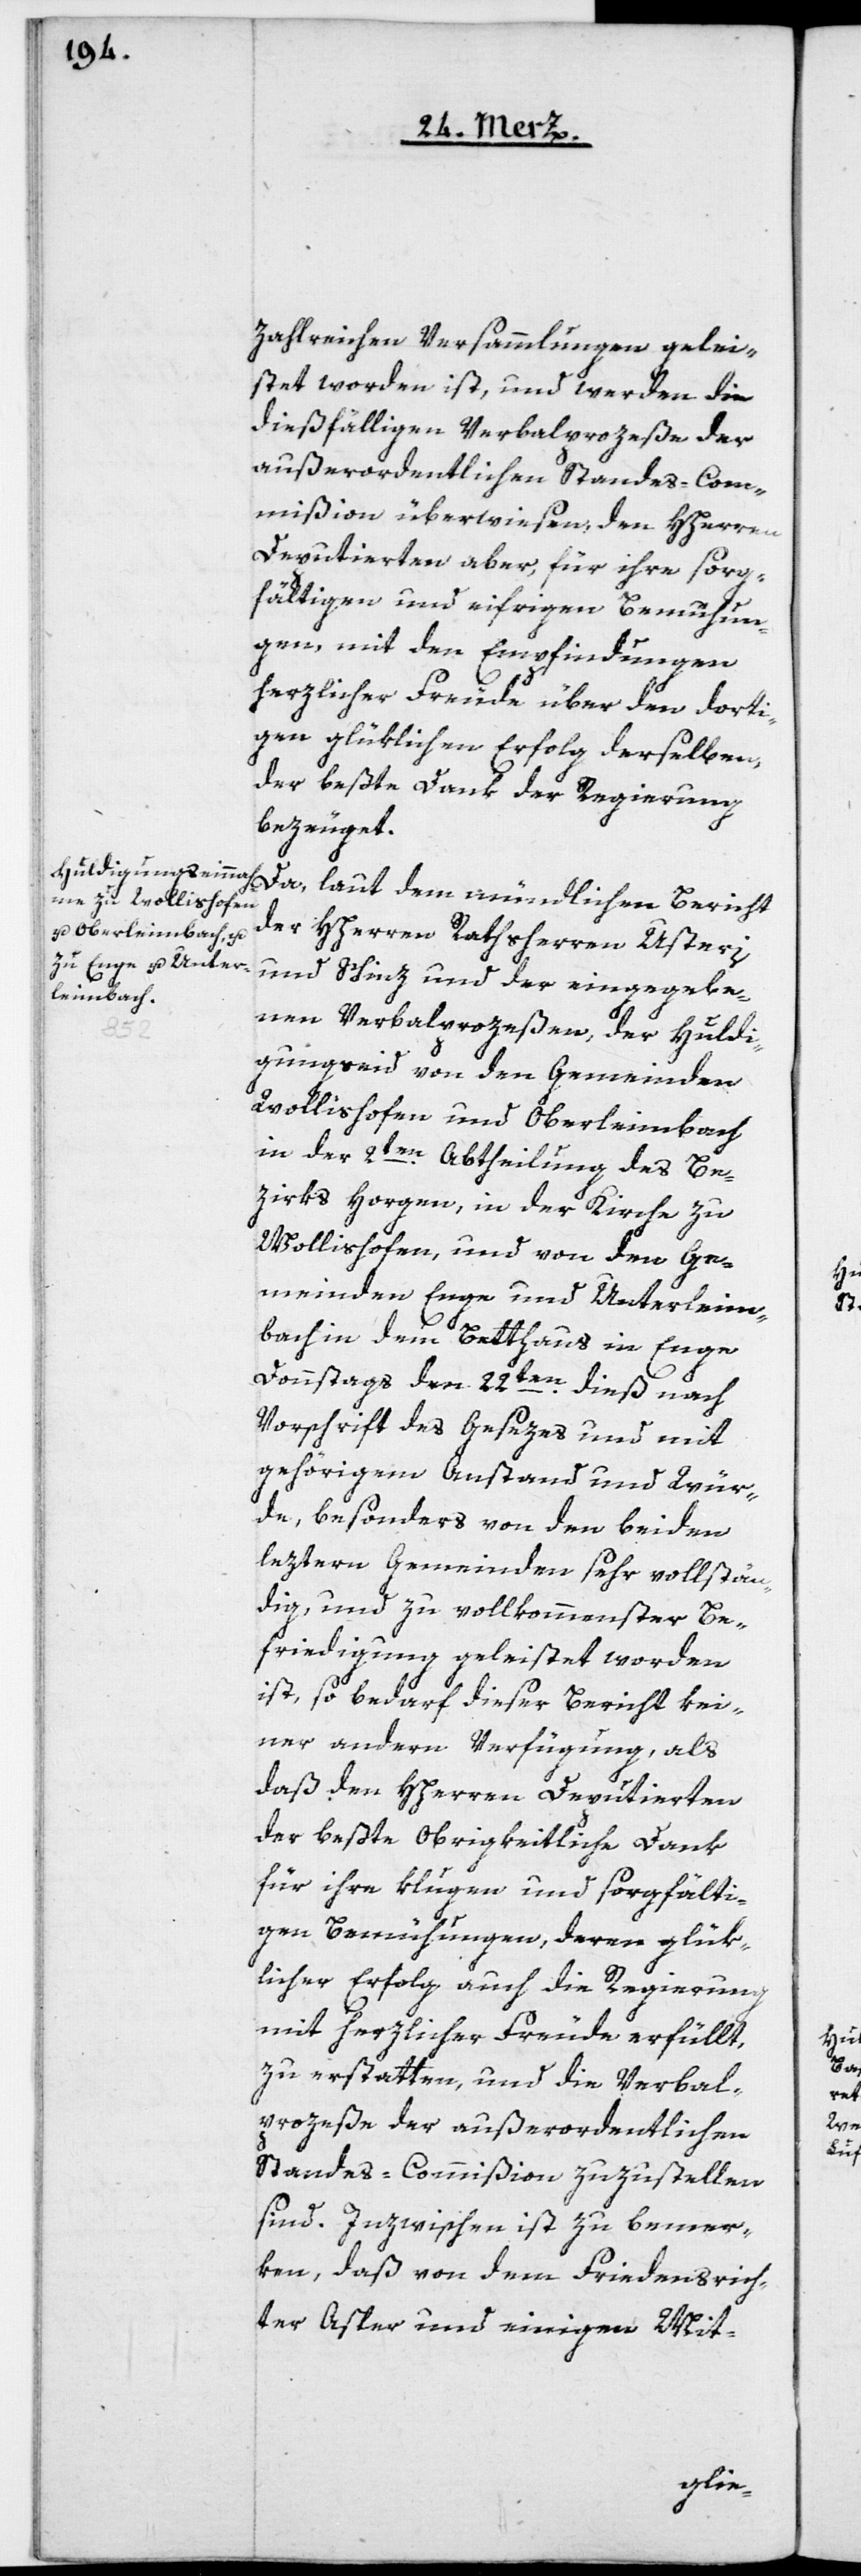
zahlreichen Versammlungen gelei¬
stet worden ist, und werden die
dießfälligen Verbalprozeße der
außerordentlichen Standes-Com¬
mißion überwiesen, den HHerren
Deputierten aber, für ihre sorg¬
fältigen und eifrigen Bemühun¬
gen, mit den Empfindungen
herzlicher Freude über den dorti¬
gen glüklichen Erfolg derselben,
der beßte Dank der Regierung
bezeuget.
Da, laut dem mündlichen Bericht
der HHerren Rathsherren Usteri
und Schinz und der eingegebe¬
nen Verbalprozeßen, der Huldi¬
gungseid von den Gemeinden
Wollishofen und Oberleimbach
in der 2ten Abtheilung des Be¬
zirks Horgen, in der Kirche zu
Wollishofen, und von den Ge¬
meinden Enge und Unterleim¬
bach in dem Betthaus in Enge,
Donnstags den 22ten dieß nach
Vorschrift des Gesezes und mit
gehörigem Anstand und Wür¬
de, besonders von den beiden
leztern Gemeinden sehr vollstän¬
dig, und zu vollkommenster Be¬
friedigung geleistet worden
ist, so bedarf dieser Bericht kei¬
ner andern Verfügung, als
daß den HHerren Deputierten
des beßte Obrigkeitliche Dank
für ihre klugen und sorgfälti¬
gen Bemühungen, deren glük¬
licher Erfolg auch die Regierung
mit herzlicher Freude erfüllt,
zu erstatten, und die Verbal¬
prozeße der außerordentlichen
Standes-Commißion zuzustellen
sind. Inzwischen ist zu bemer¬
ken, daß von dem Friedensrich¬
ter Asper und einigen Mit-